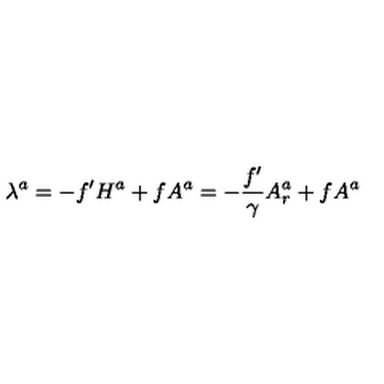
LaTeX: \lambda ^ { a } = - f ^ { \prime } H ^ { a } + f A ^ { a } = - { \frac { f ^ { \prime } } { \gamma } } A _ { r } ^ { a } + f A ^ { a }